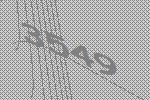
3549